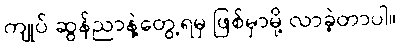
ကျုပ် ဆွန်ညာနဲ့တွေ့ရမှ ဖြစ်မှာမို့ လာခဲ့တာပါ။